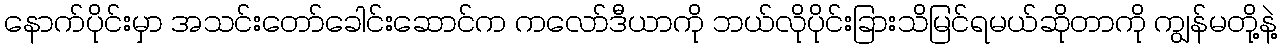
နောက်ပိုင်းမှာ အသင်းတော်ခေါင်းဆောင်က ကလော်ဒီယာကို ဘယ်လိုပိုင်းခြားသိမြင်ရမယ်ဆိုတာကို ကျွန်မတို့နဲ့